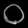
Digit: ၀